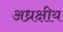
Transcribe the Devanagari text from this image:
अध्रक्षीय